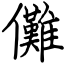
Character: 儺